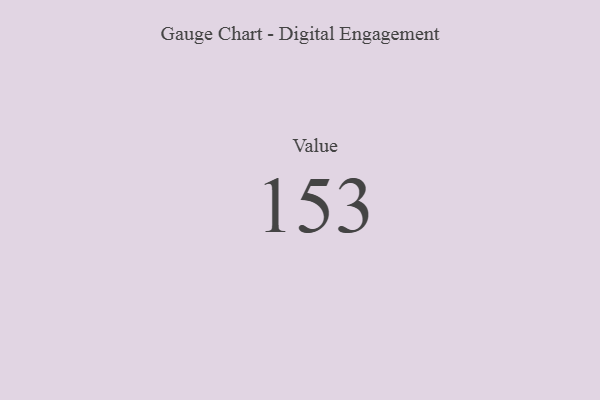
{"axis": {"x": "Metric", "y": "Value"}, "legend": [""], "data": [{"x": "Value", "y": 153, "type": ""}]}